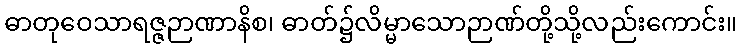
ဓာတုဝေသာရဇ္ဇဉာဏာနိစ၊ ဓာတ်၌လိမ္မာသောဉာဏ်တို့သို့လည်းကောင်း။